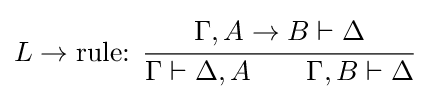
L\rightarrow {\text{rule: }}{\cfrac {\Gamma ,A\rightarrow B\vdash \Delta }{\Gamma \vdash \Delta ,A\qquad \Gamma ,B\vdash \Delta }}